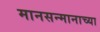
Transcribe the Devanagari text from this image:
मानसन्मानाच्या